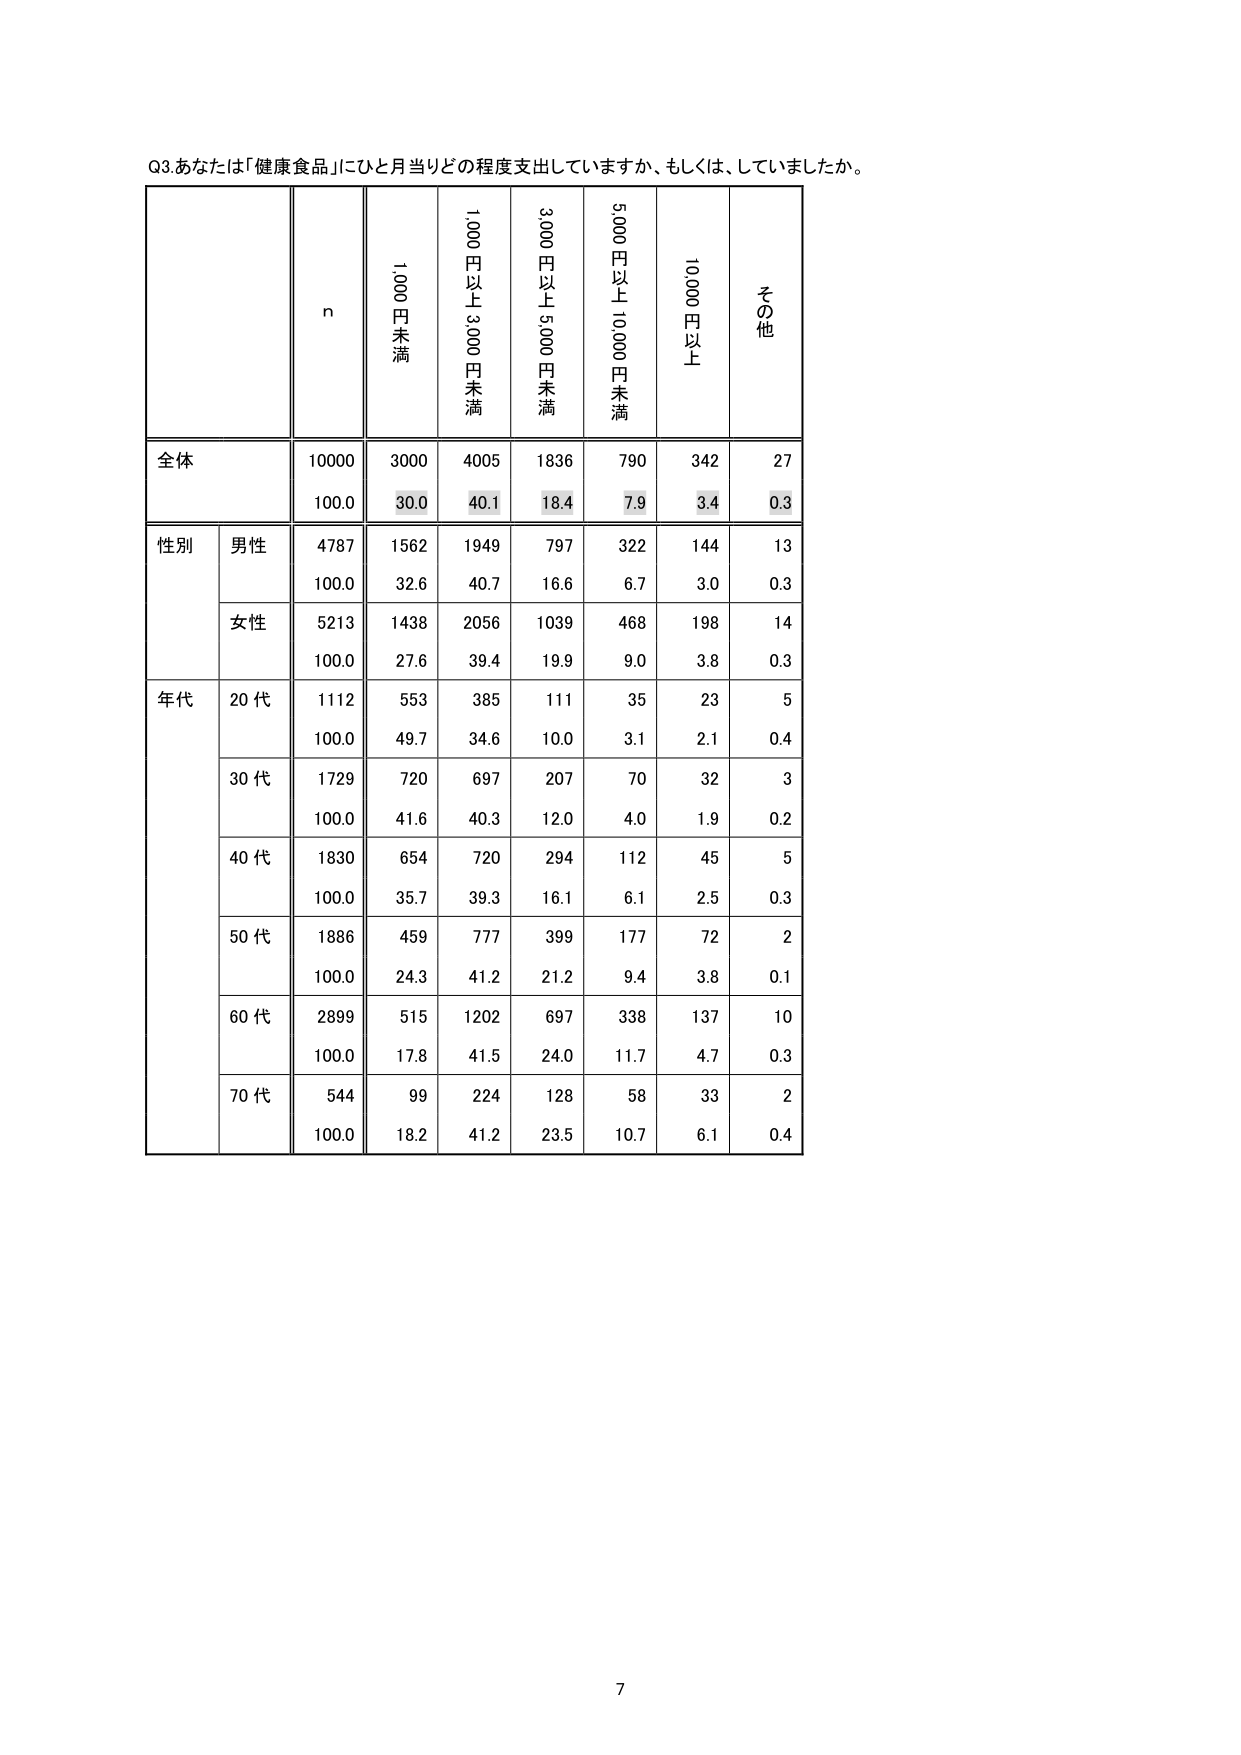
Q3.あなたは「健康食品」にひと月当たりどの程度支出していますか、もしくは、していましたか。

n
1,000円未満
1,000円以上3,000円未満
3,000円以上5,000円未満
5,000円以上10,000円未満
10,000円以上
その他

全体
10000
3000
4005
1836
790
342
27
100.0
30.0
40.1
18.4
7.9
3.4
0.3

性別
男性
4787
1562
1949
797
322
144
13
100.0
32.6
40.7
16.6
6.7
3.0
0.3
女性
5213
1438
2056
1039
468
198
14
100.0
27.6
39.4
19.9
9.0
3.8
0.3

年代
20代
1112
553
385
111
35
23
5
100.0
49.7
34.6
10.0
3.1
2.1
0.4
30代
1729
720
697
207
70
32
3
100.0
41.6
40.3
12.0
4.0
1.9
0.2
40代
1830
654
720
294
112
45
5
100.0
35.7
39.3
16.1
6.1
2.5
0.3
50代
1886
459
777
399
177
72
2
100.0
24.3
41.2
21.2
9.4
3.8
0.1
60代
2899
515
1202
697
338
137
10
100.0
17.8
41.5
24.0
11.7
4.7
0.3
70代
544
99
224
128
58
33
2
100.0
18.2
41.2
23.5
10.7
6.1
0.4

7